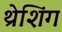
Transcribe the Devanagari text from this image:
थ्रेशिंग